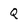
Character: Q